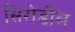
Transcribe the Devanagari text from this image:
सिरोडील